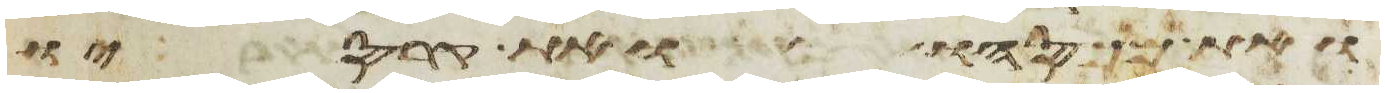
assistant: ואת מכסהו ואת קרסיו